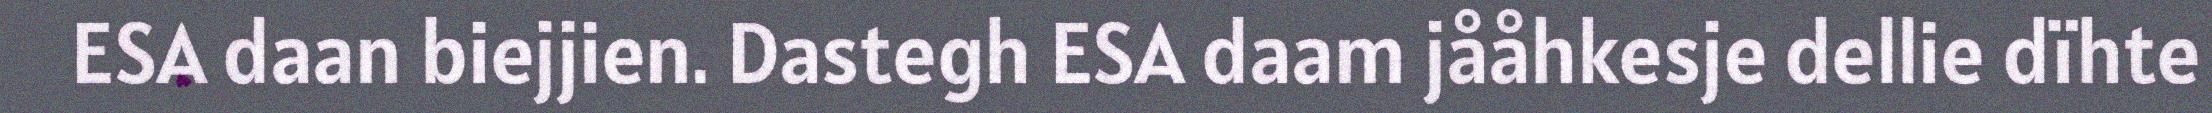
ESA daan biejjien. Dastegh ESA daam jååhkesje dellie dïhte